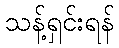
သန့်ရှင်းရန်